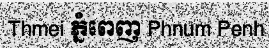
Thmei ភ្នំពេញ Phnum Penh